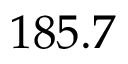
1 8 5 . 7